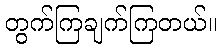
တွက်ကြချက်ကြတယ်။